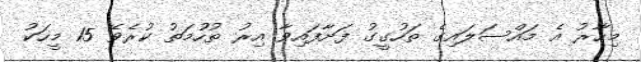
މިހާރު އެ މައްސަލައިގެ ތަހުގީގު ފަށާފައިވާ އިރު ތުހުމަތު ކުރެވޭ 15 މީހަކު